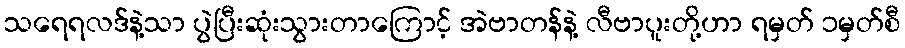
သရေရလဒ်နဲ့သာ ပွဲပြီးဆုံးသွားတာကြောင့် အဲဗာတန်နဲ့ လီဗာပူးတို့ဟာ ရမှတ် ၁မှတ်စီ